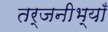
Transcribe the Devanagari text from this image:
तर्जनीभ्याँ